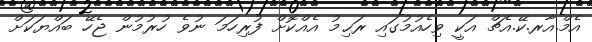
އެމް.އާރ.ކޭ.އެޗް އަކީ ވިހެއުމުގައި ރަޙިމު އެއްކޮށް ފުރިހަމަ ނުވެ ހުރުމުން ޖެހޭ ބައްޔަކަށް